65_HS1-834228961_62-HQ-83894_Section_10
Agency: FBI
Page 160
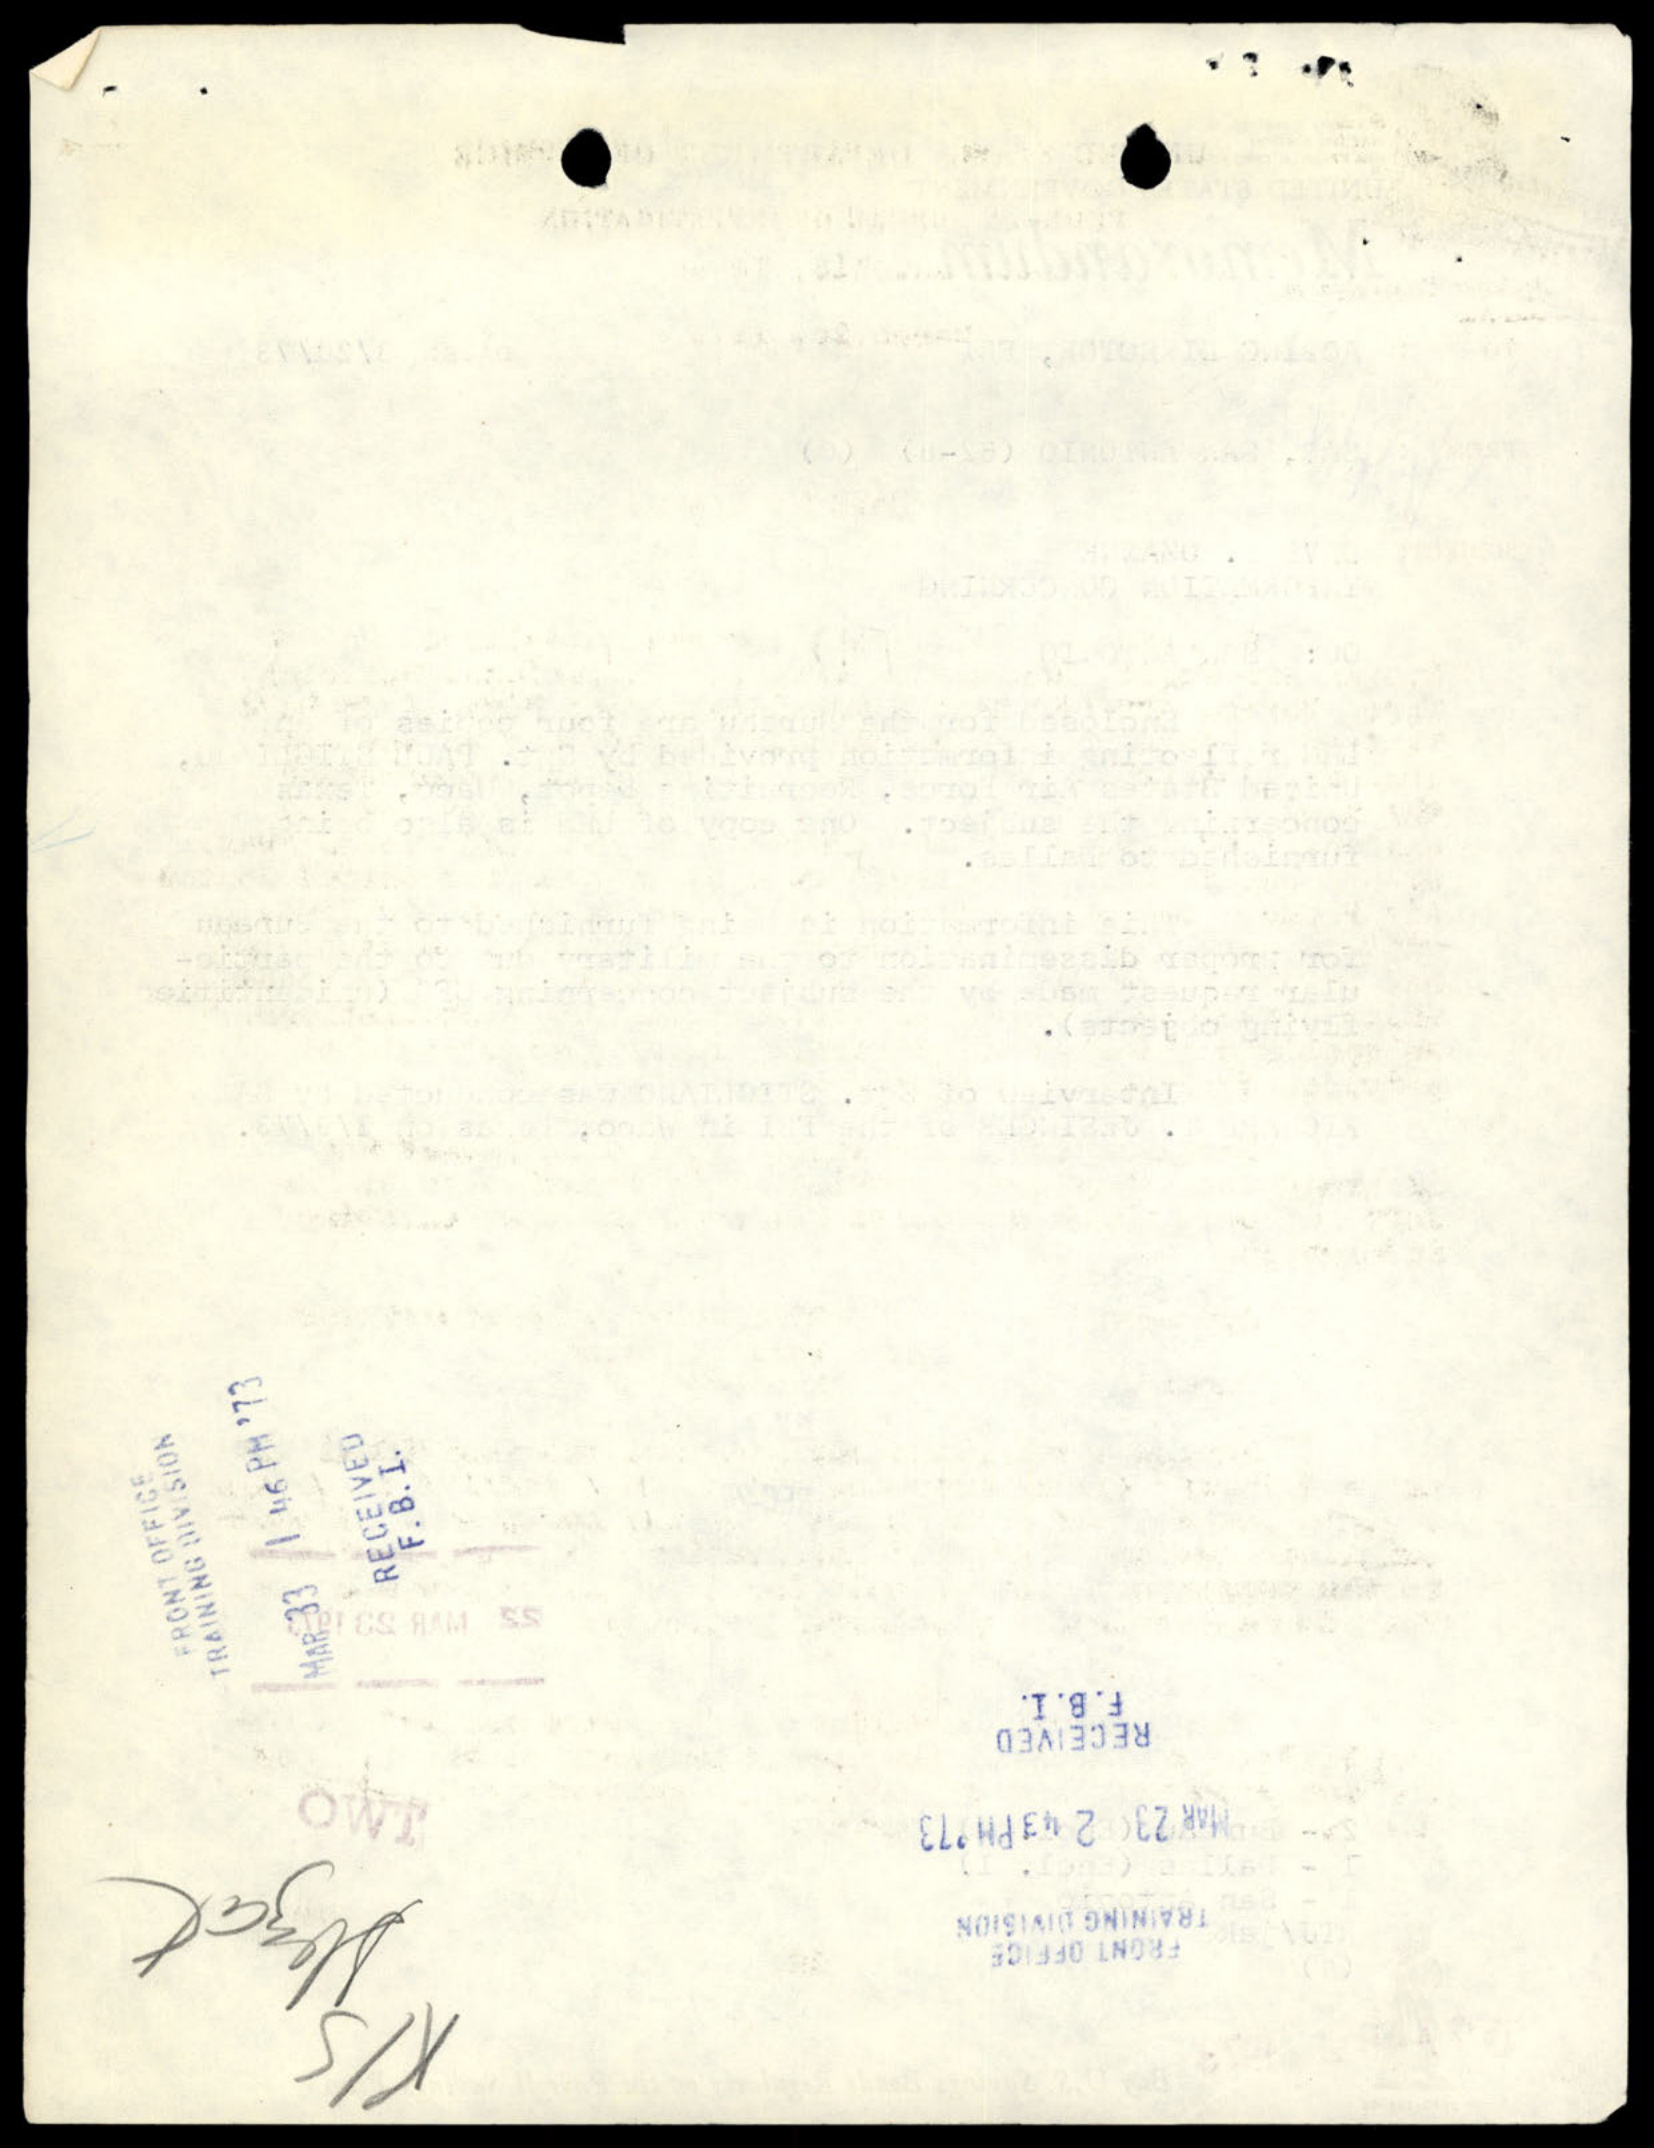